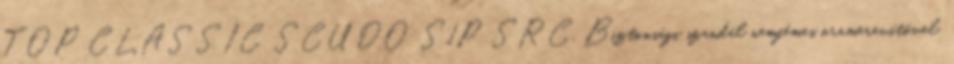
TOP CLASSIC SCUDO S1P SRC, Biztonsági szandál nemfémes orrmerevítővel,